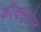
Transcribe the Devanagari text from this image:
कॉक्सवेन